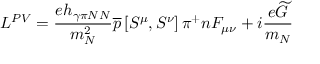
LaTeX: { \cal L } ^ { P V } = \frac { e h _ { \gamma \pi N N } } { m _ { N } ^ { 2 } } \overline { { { p } } } \left[ S ^ { \mu } , S ^ { \nu } \right] \pi ^ { + } n F _ { \mu \nu } + i \frac { e \widetilde { G } } { m _ { N } }